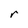
Character: r